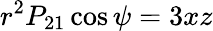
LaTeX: r^{2}P_{21}\cos\psi=3xz